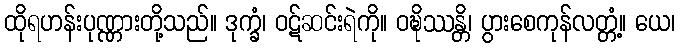
ထိုရဟန်းပုဏ္ဏားတို့သည်။ ဒုက္ခံ၊ ဝဋ်ဆင်းရဲကို။ ဝဍ္ဎိဿန္တိ၊ ပွားစေကုန်လတ္တံ့။ ယေ၊